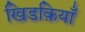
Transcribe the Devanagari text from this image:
खिडक़ियाँ